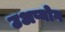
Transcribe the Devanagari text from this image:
उअप्योग